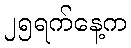
၂၅ရက်နေ့က